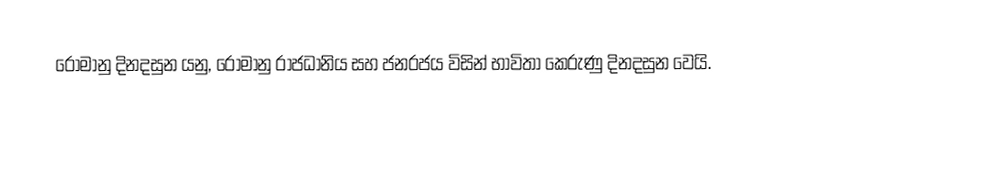
රෝමානු දිනදසුන යනු, රෝමානු රාජධානිය සහ ජනරජය විසින් භාවිතා කෙරුණු දිනදසුන වෙයි.